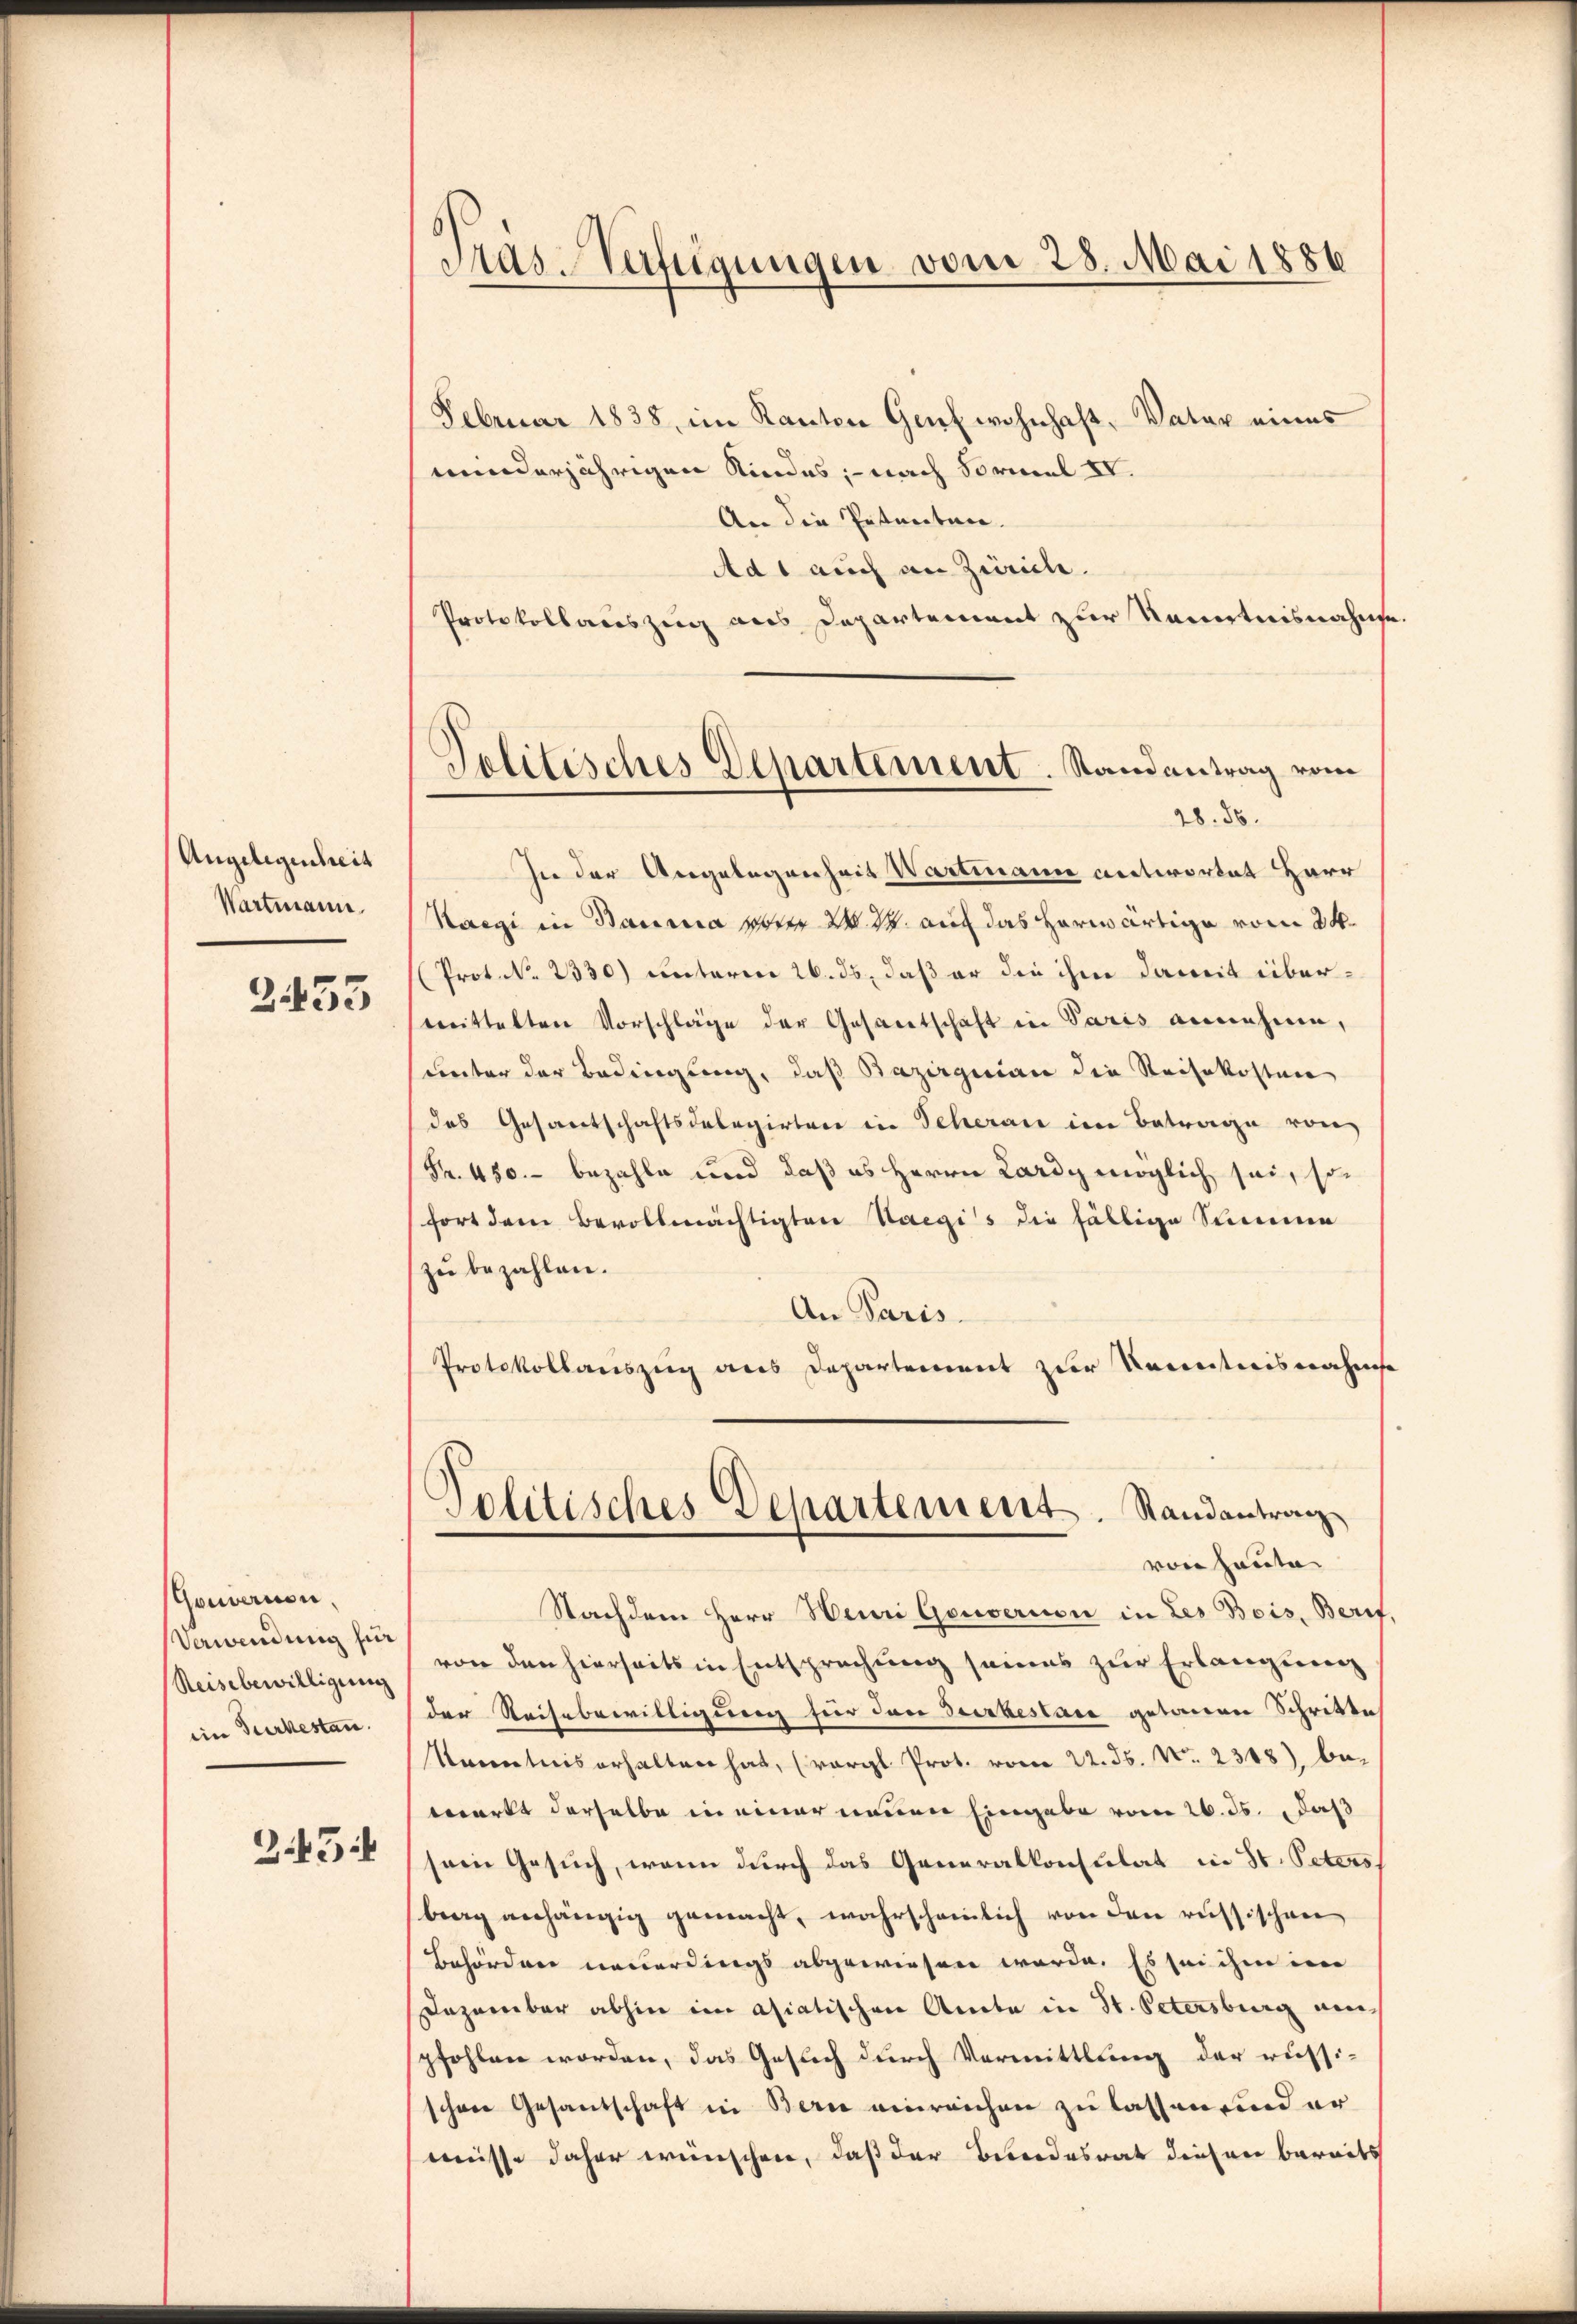
Angelegenheit
Wartmann.
3433

Gouvernen,
Verwendung für
Reisebewilligung
ein Turbestan
345

Träs-Verfügungen vom 28. Mai 1886

Februar 1838, im Kanton Genf wohnhaft, Vater eines
munderjährigen Kindes, - nach Formel IV.
An die Petentur.
Ad 1 auch an Zürich.
Protokollauszug aus Departement zur Kenntnisnahme
In der Angelegenheit Wartmann antwortet Herr
Kaegi in Bauma porte W. W. auf das herwärtige vom 24.
(Prot. No 2330) unterm 26. ds., daß er die ihm damit überverittelten Vorschläge der Gesantschaft in Paris annehme,
unter der Bedingung, daß Bazirginian die Reisekosten
das Gesantschaftsdelegirten in Scherau im Betrage von
Fr. 450.- bezahle und daß es Herrn Lardy möglich sei, so
fort dem Bevollmächtigten Staegis die fällige Summe
zu bezahlen.
An Paris.
Protokollauszug aus Departement zur Kenntnisnahms
Solitisches Departement. Randantrag
von heute
Nachdem Herr Heuri Gouvernen in Les Bois, Berif,
von den hierseits in Entsprechung seines zur Erlangung
der Reisebewilligung für den Turbestare getanen Schritte
Kanntnis erhalten hat, (vergl. Prot. vom 22. ds. No. 2318) be-
werkt derselbe in einer neuen Eingabe vom 26. ds. daß
sein Gesuch, wenn durch das Generalkonsulat in St. Peters
berg anhängig gemacht, wahrscheinlich von den russischen
Behördener neuerdings abgewiesen werde. Es sei ihm in
Dezember abhin im asiatischen Anta in St. Petersburg anpfohlen worden, das Gesuch durch Vermittlung der russischen Gesantschaft in Bern einreichen zu lassen sind er
müsse daher wünschen, daß der Bundesrat diesen bereits

Telitisches Departement. Randantrag vom
28. 56.